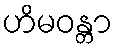
ဟိမဝန္တာ